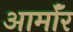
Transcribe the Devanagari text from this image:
आर्माॅर